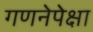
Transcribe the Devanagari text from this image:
गणनेपेक्षा